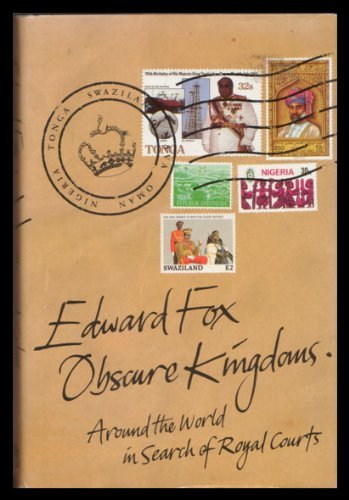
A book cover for Obscure Kingdoms; Edward Fox; Travel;